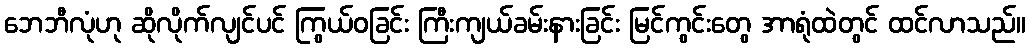
ဘေဘီလုံဟု ဆိုလိုက်လျင်ပင် ကြွယ်ဝခြင်း ကြီးကျယ်ခမ်းနားခြင်း မြင်ကွင်းတွေ အာရုံထဲတွင် ထင်လာသည်။